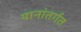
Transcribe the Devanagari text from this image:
यानांतर्गत